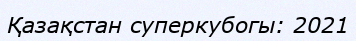
Қазақстан суперкубогы: 2021